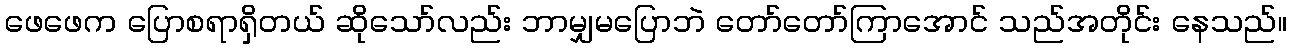
ဖေဖေက ပြောစရာရှိတယ် ဆိုသော်လည်း ဘာမျှမပြောဘဲ တော်တော်ကြာအောင် သည်အတိုင်း နေသည်။